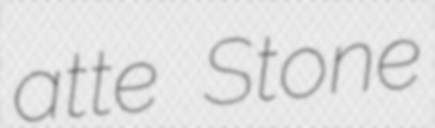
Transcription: atte Stone